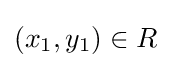
(x_{1},y_{1})\in R